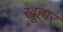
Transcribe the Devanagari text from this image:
खूहार